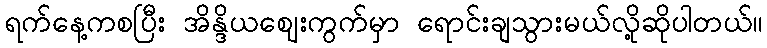
ရက်နေ့ကစပြီး အိန္ဒိယဈေးကွက်မှာ ရောင်းချသွားမယ်လို့ဆိုပါတယ်။